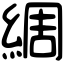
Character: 綢